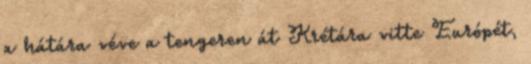
a hátára véve a tengeren át Krétára vitte Európét,